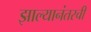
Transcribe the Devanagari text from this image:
झाल्यानंतरची